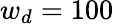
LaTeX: w_{d}=100